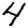
Digit: 4